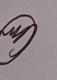
Signature authenticity: genuine